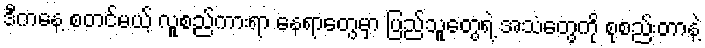
ဒီကနေ့ စတင်မယ့် လူစည်ကားရာ နေရာတွေမှာ ပြည်သူတွေရဲ့ အသံတွေကို စုစည်းတာနဲ့